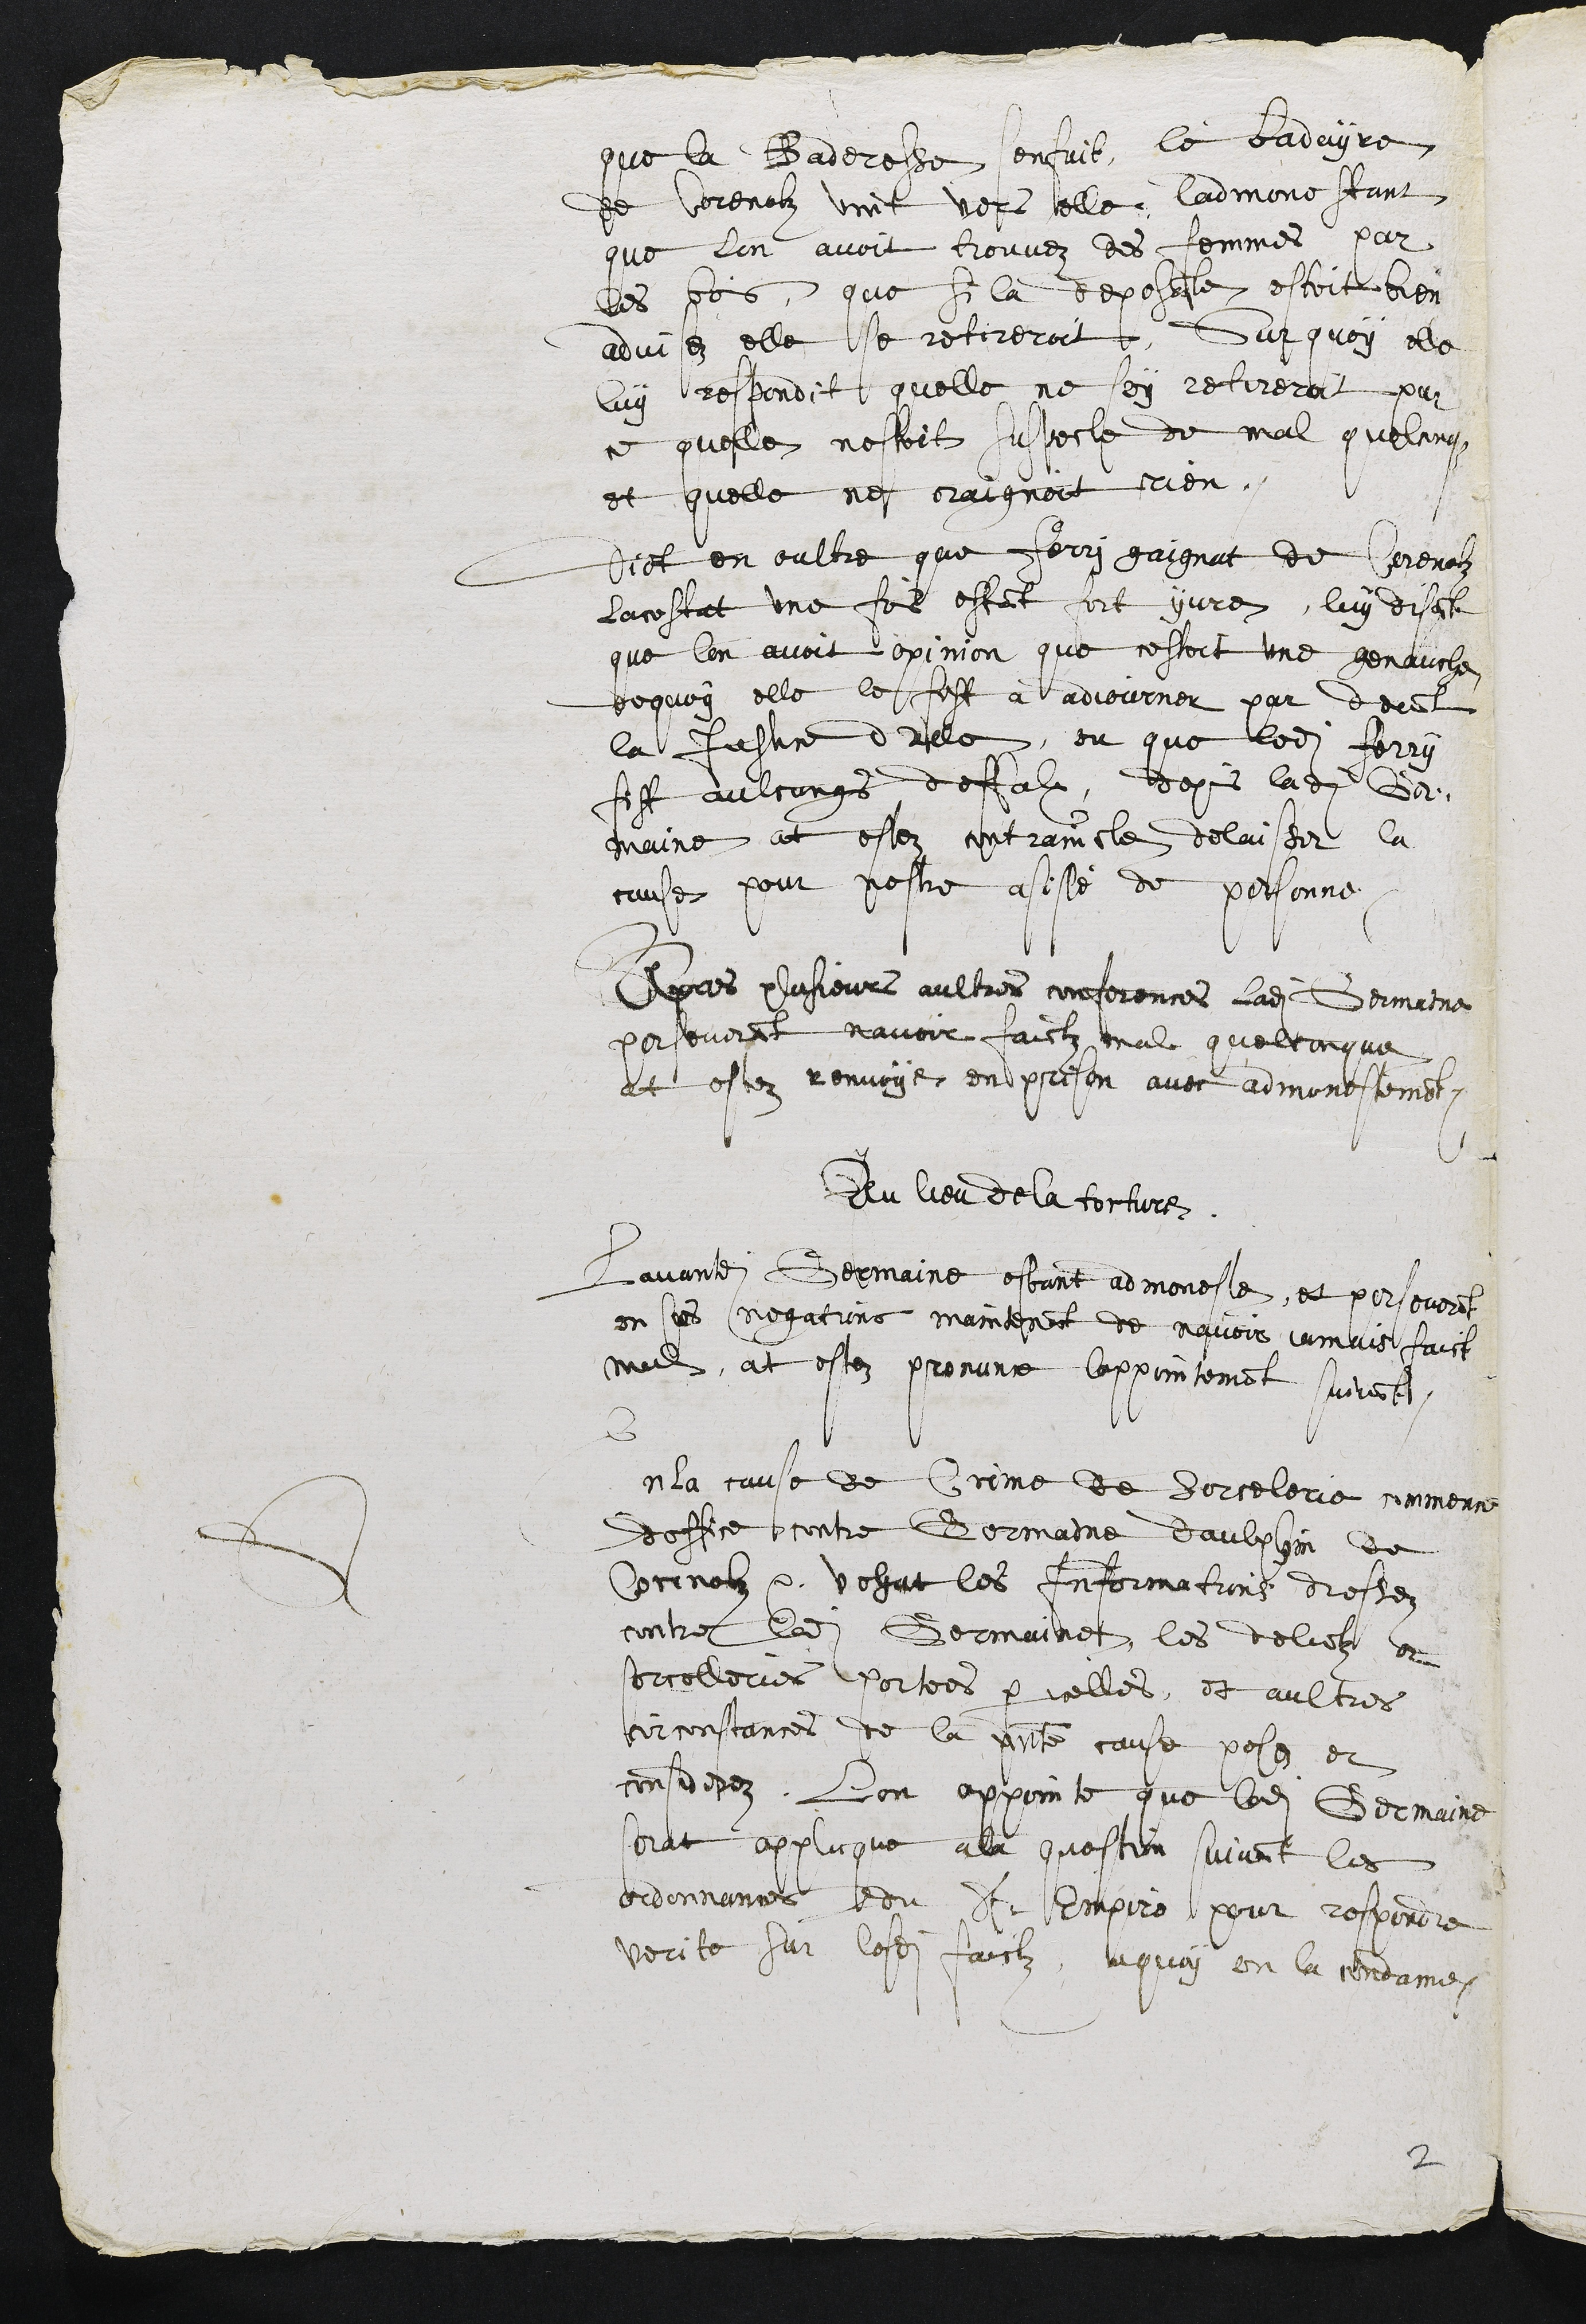
que la Baderesse senfuit le badeyre
de Corenolz vint vers elle, l'admonestant
que lon avoit trouvez des femmes par
les bois, que si la deposeresse estoit bien
advisez elle se retireroit. Sur quoy elle
luy respondit quelle ne soy retireroit par
ce quelle nestoit suspecte de mal quelconque
et quelle ne craignoit rien.
Dict en oultre que Ferri gaignat de Corenolz
lacostat une fois estant fort yvre, luy disant
que lon avoit opinion que cestoit une genauche
dequoy elle le fist a adjourner par devant
la Justice dalle, ou que ledit Ferry
fist aulcungs deffalx, depuis ladite Ger¬
maine at estez contraincte delaisser la
cause pour nestre asisté de personne.
Apres plusieurs aultres conferences ladite Germaine
perseverat navoir faictz mal quelconque
at estez renvoye en prison avec admonestement etc
Au lieu de la torture.
Lavantdite Germaine estant admoneste, et perseverant
en ses negations maintenant de navoir jamais faict
mal, at estez pronunce lappointement suivant
S
En la cause de Crime de Sorcelerie commence
doffice contre Germaine daulphin de
Corenolz etc vehut les Informations dressez
contre ladite Germaine, les delictz et
sorcelleries portees par icelles, et aultres
circonstances de la presente cause pesez et
considerez, Lon appointe que ladite Germaine
serat applicque a la question suivant les
ordonnances du St Empire pour respondre
verite sur lesdits faictz, a quoy on la condame,

2